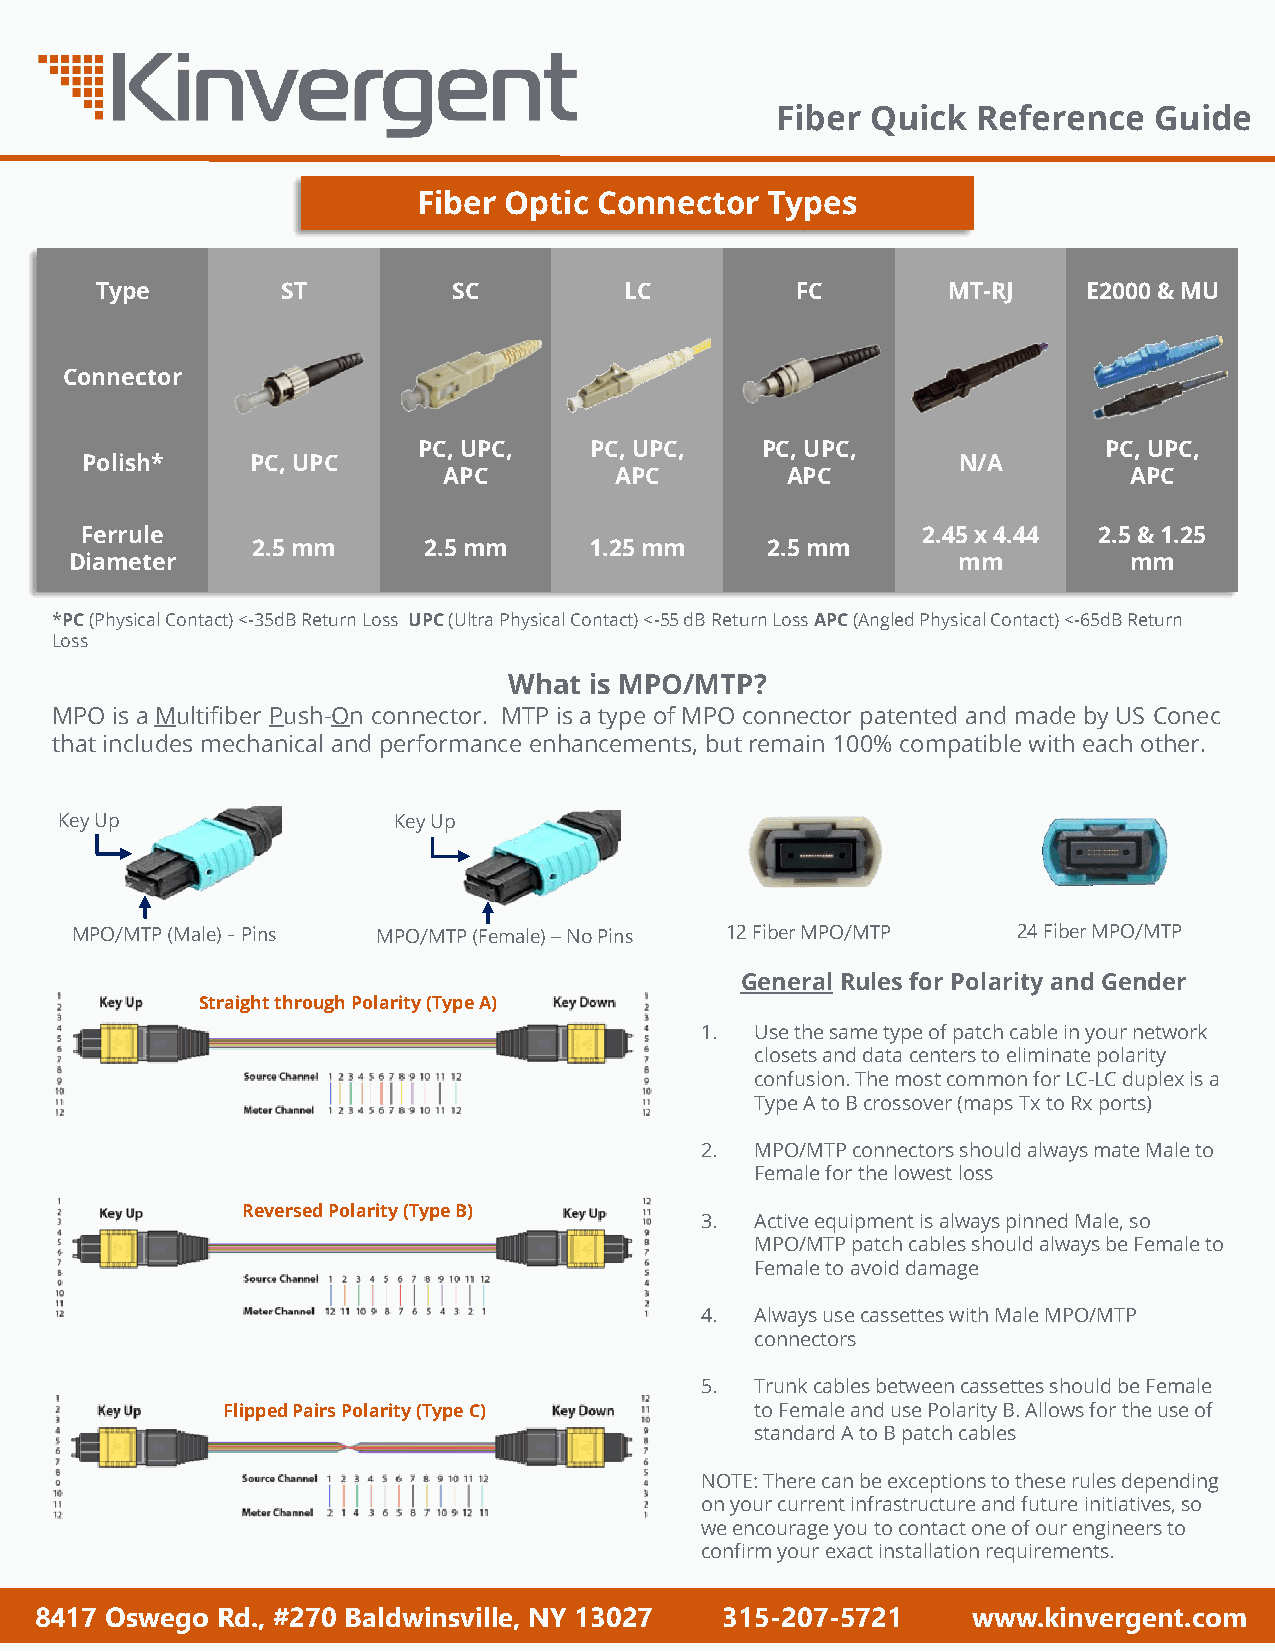
Fiber  Quick  Reference  Guide
 Fiber Optic Connector  Types
 Type         ST         SC         LC          FC        MT-RJ    E2000 & MU
 Connector
 PC, UPC,   PC, UPC,   PC, UPC,               PC, UPC,
 Polish*     PC, UPC                                       N/A
 APC         APC        APC                    APC
 Ferrule                                                 2.45 x 4.44 2.5 & 1.25
 2.5 mm     2.5 mm     1.25 mm     2.5 mm
 Diameter                                                  mm          mm
 *PC(Physical Contact) <-35dB Return Loss UPC(Ultra Physical Contact) <-55 dB Return Loss APC(Angled Physical Contact) <-65dB Return
 Loss
 What is MPO/MTP?
 MPO is a Multifiber Push-On connector. MTP is a type of MPO connector patented and made by US Conec
 that includes mechanical and performance enhancements, but remain 100% compatible with each other.
 Key Up                Key Up
 MPO/MTP (Male) -Pins MPO/MTP (Female) –No Pins 12 Fiber MPO/MTP 24 Fiber MPO/MTP
 General Rules for Polarity and Gender
 Straight through Polarity (Type A)
 1.  Use the same type of patch cable in your network
 closets and data centers to eliminate polarity
 confusion. The most common for LC-LC duplex is a
 Type A to B crossover (maps Txto Rx ports)
 2.  MPO/MTP connectors should always mate Male to
 Female for the lowest loss
 Reversed Polarity (Type B)
 3.  Active equipment is always pinned Male, so
 MPO/MTP patch cables should always be Female to
 Female to avoid damage
 4.  Always use cassettes with Male MPO/MTP
 connectors
 5.  Trunk cables between cassettes should be Female
 Flipped Pairs Polarity (Type C)    to Female and use Polarity B. Allows for the use of
 standard A to B patch cables
 NOTE: There can be exceptions to these rules depending
 on your current infrastructure and future initiatives, so
 we encourage you to contact one of our engineers to
 confirm your exact installation requirements.
 8417 Oswego Rd., #270 Baldwinsville, NY 13027 315-207-5721    www.kinvergent.com